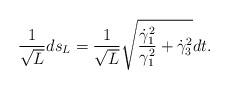
LaTeX: \begin{align*}\frac{1}{\sqrt{L}}ds_L= \frac{1}{\sqrt{L}}\sqrt{\frac{\dot{\gamma}_1^2}{\gamma_1^2}+\dot{\gamma}_3^2}dt.\end{align*}